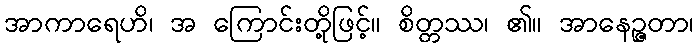
အာကာရေဟိ၊ အ ကြောင်းတို့ဖြင့်။ စိတ္တဿ၊ ၏။ အာနေဉ္ဇတာ၊